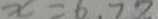
x = 6 . 7 8